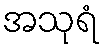
အသုရံ